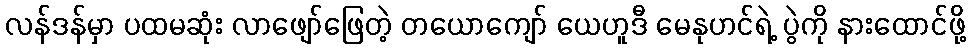
လန်ဒန်မှာ ပထမဆုံး လာဖျော်ဖြေတဲ့ တယောကျော် ယေဟူဒီ မေနုဟင်ရဲ့ ပွဲကို နားထောင်ဖို့